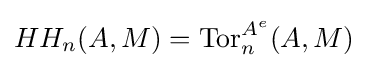
HH_{n}(A,M)=\operatorname {Tor} _{n}^{A^{e}}(A,M)